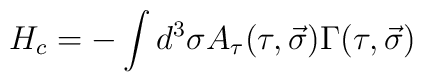
H_c = - \int{d^3\sigma A_\tau (\tau, \vec{\sigma}) \Gamma (\tau, \vec{\sigma})}